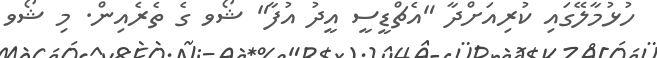
ހުޅުމާލޭގައި ކުރިއަށްދާ "އެޗްޑީސީ އީދު އުފާ" ޝޯވ ގެ ތެރެއިން. މި ޝޯވ